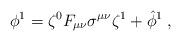
LaTeX: \begin{align*}\phi^1 = \zeta^0 F_{\mu\nu} \sigma^{\mu\nu} \zeta^1 + \hat\phi^1 \; , \end{align*}